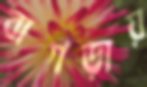
বাগড়ায়